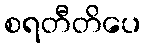
စရတီတိပေ